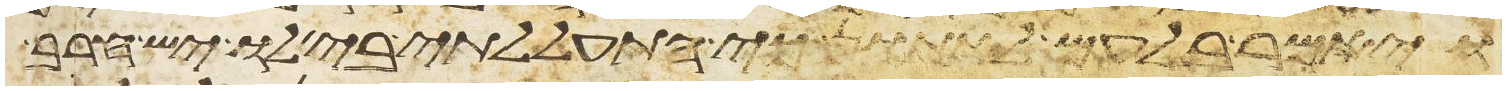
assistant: ויאמר בלעם לאתון כי התעללתי בי לו יש חרב